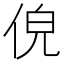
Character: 𬾐